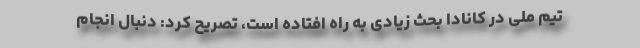
تیم ملی در کانادا بحث زیادی به راه افتاده است، تصریح کرد: دنبال انجام